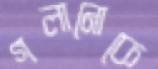
গলানোকে